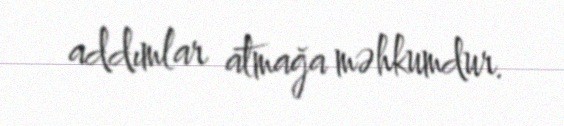
addımlar atmağa məhkumdur.